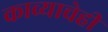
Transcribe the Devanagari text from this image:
काव्याचेही